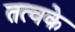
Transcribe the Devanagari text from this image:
तत्वके